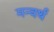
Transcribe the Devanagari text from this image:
मन्वर्थ